Annual statistical returns and brief notes on vaccination in Bengal - 1896-1909
Year: 1896
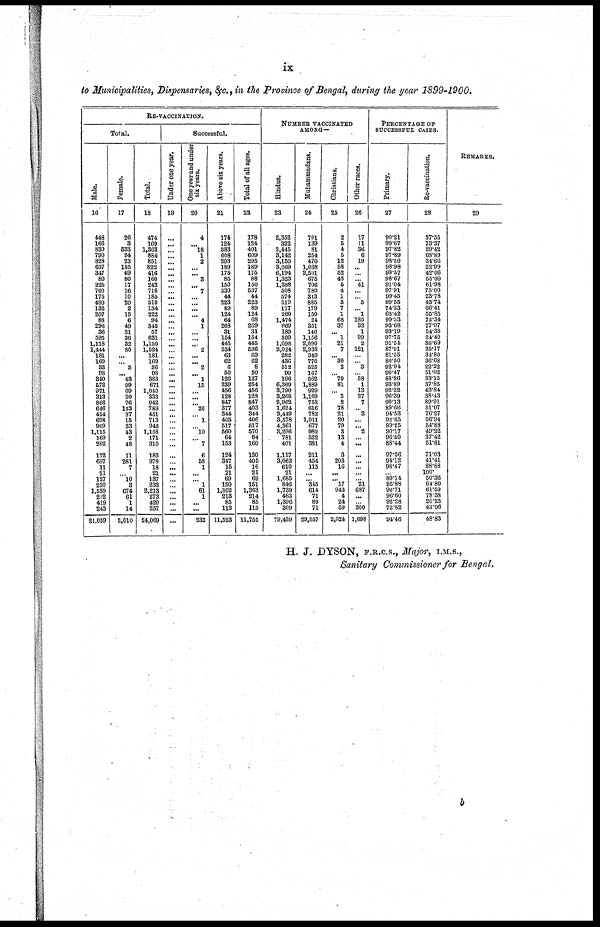
ix
to Municipalities, Dispensaries,&c.,in the Province of Bengal, during the year 1899-1900.
RE-VACCINATION.
Total.
Male.
16
448
166
830
790
828
637
347
80
225
700
175
490
132
207
88
296
36
595
1,118
1,444
181
169
33
98
340
572
971
313
866
646
414
698
909
1,115
169
262
172
697
11
21
127
230
1,539
212
419
243
21,059
Female.
17
26
3
533
94
23
185
69
80
17
16
10
20
2
15
6
49
21
36
32
80
... ... 3
... 43
99
69
20
76
143
37
15
33
43
2
48
11
281
7
... 10
3
674
61
1
14
3,010
Total.
18
474
169
1,363
884
851
822
416
160
242
716
185
510
134
222
94
345
57
631
1,150
1,524
181
169
36
98
383
671
1,040
333
942
789
451
713
942
1,158
171
310
183
978
18
21
137
233
2,213
273
420
257
24,069
Successful.
Under one year.
19
...
...
... ...
...
... ...
... ...
...
...
...
...
... ...
...
... ...
...
...
... ...
...
...
... ...
...
...
... ...
...
...
...
... ...
...
...
... ...
...
... ...
...
... ...
...
...
One year and under
six years.
20
4
... 18
1
2
...
... 3
... 7
... ...
...
... 4
1
...
...
... 2
...
... 2
... 1
15
...
...
... 26
... 1
... 10
... 7
6
58
1
...
... 1
61
1
...
...
232
Above six years.
21
174
124
383
608
293
189
175
85
150
530
44
223
89
124
64
268
31
154
445
534
63
62
6
50
126
239
456
128
847
377
344
405
517
560
64
153
124
347
15
21
69
150
1,302
213
85
113
11,523
Total of all ages.
22
178
124
401
609
295
189
175
88
150
537
44
223
89
124
68
269
31
154
445
536
63
62
8
50
127
254
456
128
847
403
344
406
517
570
64
160
130
405
16
21
69
151
1,363
214
85
113
11,755
NUMBER VACCINATED
AMONG—
Hindus.
23
2,352
322
3,445
3,142
3,150
3,069
6,194
1,323
1,388
508
574
519
177
260
1,474
669
189
809
1,698
2,024
282
436
512
99
196
6,369
3,790
3,268
2,962
1,624
3,449
3,578
4,361
3,296
781
401
1,117
3,063
610
21
1,685
846
1,739
463
1,396
309
79,439
Muhammadans.
24
791
139
81
254
470
1,038
2,501
675
706
780
343
885
179
150
24
351
146
1,156
2,090
2,938
349
770
525
167
562
1,889
929
1,169
758
616
783
1,011
677
982
322
381
211
454
115
...
... 345
614
71
89
71
29,557
Christians.
25
2
5
4
5
12
58
52
48
6
4
1
3
7
1
68
37
... 1
21
7
... 30
2
... 79
81
... 2
2
78
21
20
79
3
13
4
3
203
16
...
... 17
943
4
24
59
2,024
Other races.
26
17
11
36
6
19
...
...
... 41
...
... 5
... 1
185
32
1
99
2
121
...
... 3
... 58
1
13
27
7
... 3
...
... 2
...
...
...
... ...
...
... 21
687
...
... 300
1,698
PERCENTAGE OF
SUCCESSFUL CASES.
Primary.
27
90.21
99.67
97.82
97.89
98.50
98.98
99.57
98.67
91.04
97.91
99.45
99.55
74.23
68.42
99.83
93.68
93.19
97.75
91.54
87.91
81.55
80.50
92.04
90.47
88.86
93.89
92.22
96.39
90.13
89.66
94.53
92.65
99.25
90.17
96.50
88.44
97.56
94.12
98.47
... 89.14
95.88
99.71
96.60
92.28
72.82
94.46
Re-vaccination.
28
37.55
73.37
29.42
68.89
34.66
22.99
42.06
55.00
61.98
75.00
23.78
43.74
66.41
55.85
72.34
77.97
54.38
24.40
38.69
35.17
34.80
36.68
22.22
51.02
33.15
37.85
43.84
38.43
89.91
51.07
76.27
56.94
54.88
49.22
37.42
51.61
71.03
41.41
88.88
100
50.36
64.80
61.59
78.38
20.23
43.96
48.83
REMARKS.
29
H. J. DYSON, F.R.C.S., Major, I.M.S.,
Sanitary Commissioner for Bengal.
b